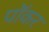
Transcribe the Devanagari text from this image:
पॉकर